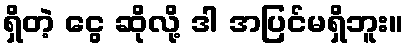
ရှိတဲ့ ငွေ ဆိုလို့ ဒါ အပြင်မရှိဘူး။